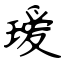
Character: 瑷